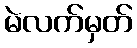
မဲလက်မှတ်